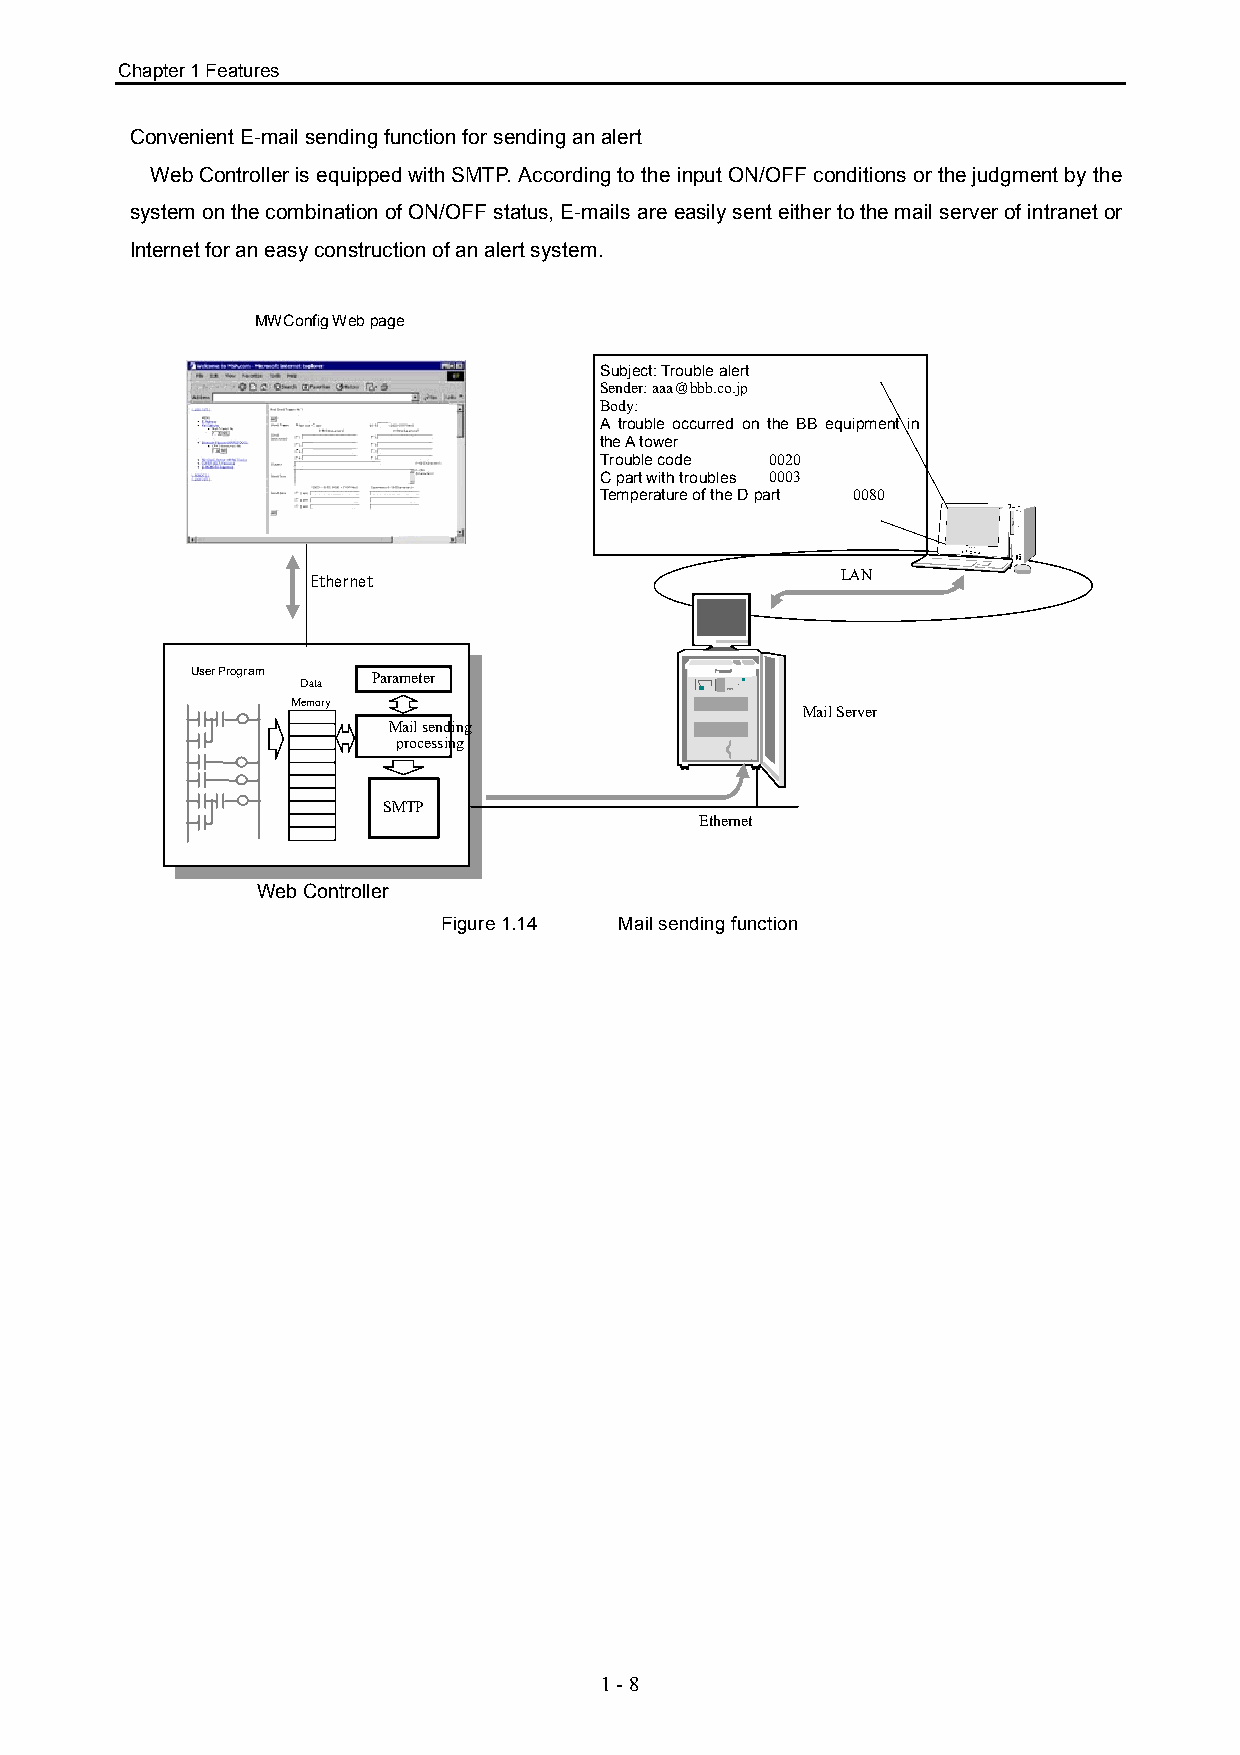
Chapter 1 Features
 Convenient E-mail sending function for sending an alert
 Web Controller is equipped with SMTP. According to the input ON/OFF conditions or the judgment by the
 system on the combination of ON/OFF status, E-mails are easily sent either to the mail server of intranet or
 Internet for an easy construction of an alert system.
 MWConfig Web page
 Subject: Trouble alert
 Sender: aaa＠bbb.co.jp
 Body:
 A trouble occurred on the BB equipment in
 the A tower
 Trouble code 0020
 C part with troubles 0003
 Temperature of the D part 0080
 Ethernet                           LAN
 User Program Parameter
 Data
 Memory
 Mail Server
 Mail sending
 processing
 SMTP
 Ethernet
 Web Controller
 Figure 1.14 Mail sending function
 1 - 8